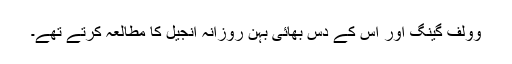
وولف گینگ اور اس کے دس بھائی بہن روزانہ انجیل کا مطالعہ کرتے تھے۔